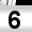
Digit: 6